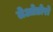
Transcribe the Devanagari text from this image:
तेओडोरो